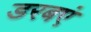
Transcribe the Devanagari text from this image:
डरबएं